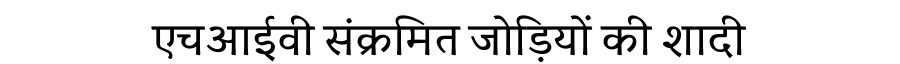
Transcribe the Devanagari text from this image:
एचआईवी संक्रमित जोड़ियों की शादी